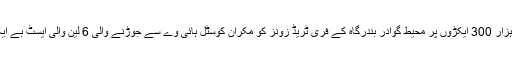
ماہی گیروں کے مطالبات 2 ہزار 300 ایکڑوں پر محیط گوادر بندرگاہ کے فری ٹریڈ زونز کو مکران کوسٹل ہائی وے سے جوڑنے والی 6 لین والی ایسٹ بے ایکسپریس وے سے وابستہ ہیں۔